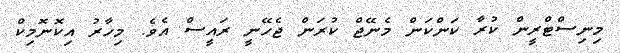
މިނިސްޓްރީން ކުރާ ކަންކަން މެނޭޖް ކުރަން ޖެހޭނީ ރައީސް އެވެ. މިހާރު އިކޮނޮމިކް